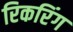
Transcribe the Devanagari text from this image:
रिकरिंग